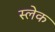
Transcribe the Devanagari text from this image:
स्लेक